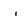
Character: i